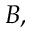
B ,